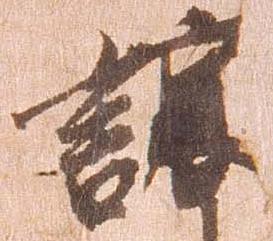
譲